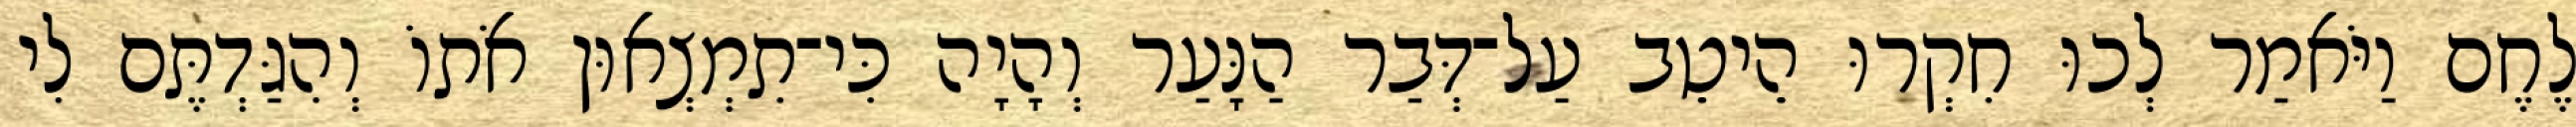
לֶחֶם וַיֹּאמַר לְכוּ חִקְרוּ הֵיטֵב עַל־דְּבַר הַנָּעַר וְהָיָה כִּי־תִמְצְאוּן אֹתוֹ וְהִגַּדְתֶּם לִי